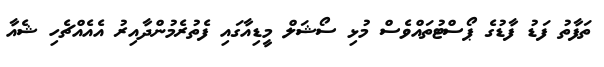
ތަފާތު ފަޑު ފާޑުގެ ޕޯސްޓުތައްވެސް މުޅި ސޯޝަލް މީޑިއާގައި ފެތުރެމުންދާއިރު އެއެއްޗެހި ޝެއާ